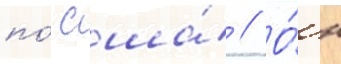
по́ сша́ // О́н